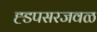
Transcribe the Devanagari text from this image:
ह्डपसरजवळ